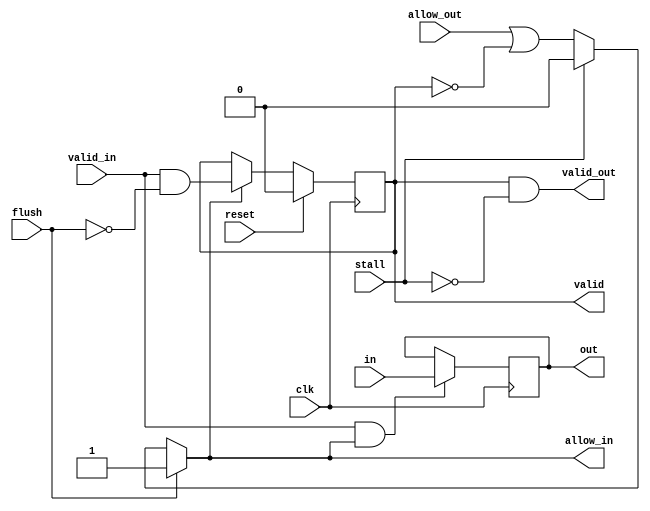
module pipeline_reg #
    (
        parameter WIDTH = 1,
        parameter RESET = 0,
        parameter RESET_VALUE = 0
    )
    (
        input clk,
        input reset,
        input stall,
        input flush,

        input valid_in,
        output reg allow_in,
        input allow_out,
        output valid_out,
        input [WIDTH-1:0] in,
        output reg [WIDTH-1:0] out,
        output reg valid
    );
    assign valid_out = valid & ~stall;

    always @(*) begin
        if (flush)
            allow_in = 1;
        else begin
            if (stall)
                allow_in = 0;
            else begin
                allow_in = allow_out | ~valid;
            end
        end
    end

    always @(posedge clk) begin
        if (reset) begin
            valid <= 0;
            if (RESET) begin
                out <= RESET_VALUE;
            end
        end
        else if (allow_in)
            valid <= valid_in & ~flush;

        if (valid_in && allow_in)
            out <= in;
    end
endmodule